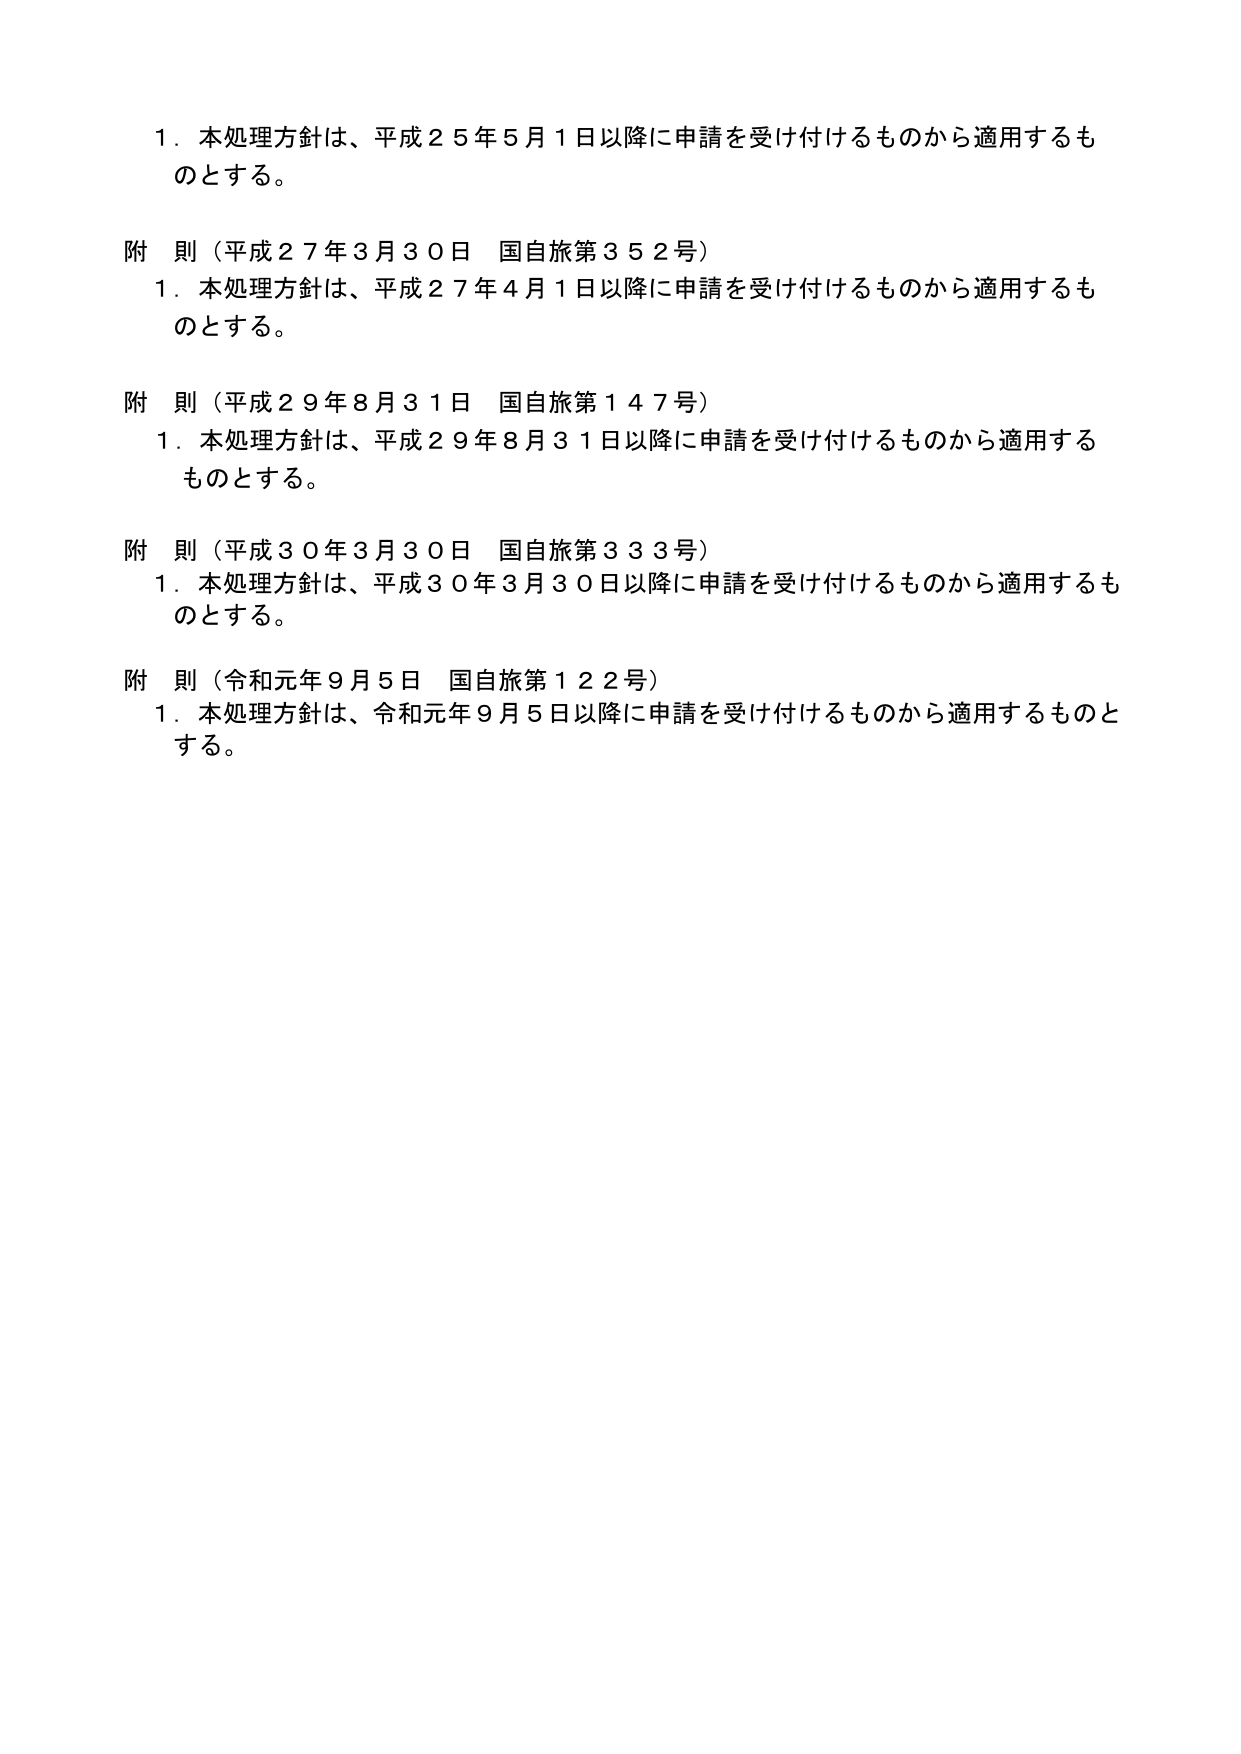
1．本処理方針は、平成25年5月1日以降に申請を受け付けるものから適用するものとする。

附 則（平成27年3月30日 国自旅第352号）
1．本処理方針は、平成27年4月1日以降に申請を受け付けるものから適用するものとする。

附 則（平成29年8月31日 国自旅第147号）
1．本処理方針は、平成29年8月31日以降に申請を受け付けるものから適用するものとする。

附 則（平成30年3月30日 国自旅第333号）
1．本処理方針は、平成30年3月30日以降に申請を受け付けるものから適用するものとする。

附 則（令和元年9月5日 国自旅第122号）
1．本処理方針は、令和元年9月5日以降に申請を受け付けるものから適用するものとする。